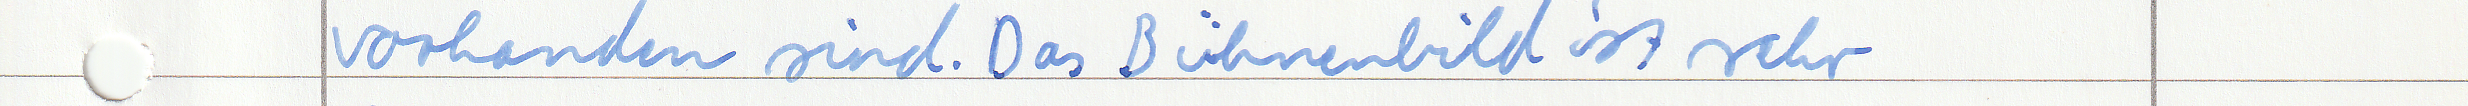
vorhanden sind. Das Bühnenbild ist sehr